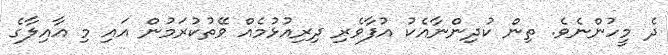
ދެ މީހުންނެވެ. ތިން ކުދިންނާއެކު އުފާވެރި ދިރިއުޅުމެއް ވޭތުކުރަމުން އައި މި އާއިލާގެ